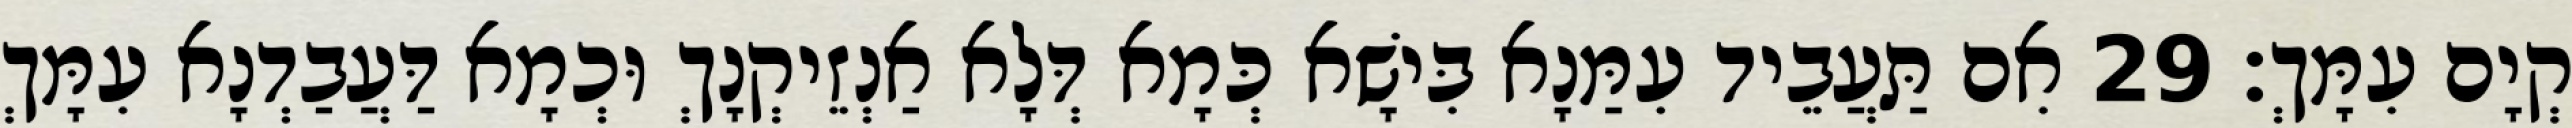
קְיָם עִמָּךְ׃ 29 אִם תַּעֲבֵיד עִמַּנָא בִּישָׁא כְּמָא דְּלָא אַנְזֵיקְנָךְ וּכְמָא דַּעֲבַדְנָא עִמָּךְ